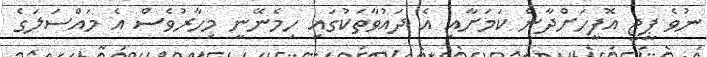
ނުވެ ޕީޖީ އޮފީހަށްދާނެ ކަމަށާއި އެ ދައުވާތަކުގައި ހިމެނޭނީ މިހާރުވެސް އެ މައްސަލަގެ